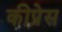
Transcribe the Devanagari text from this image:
कीप्रेस